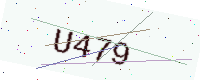
Text: U479